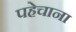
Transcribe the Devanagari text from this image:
पहेचाना